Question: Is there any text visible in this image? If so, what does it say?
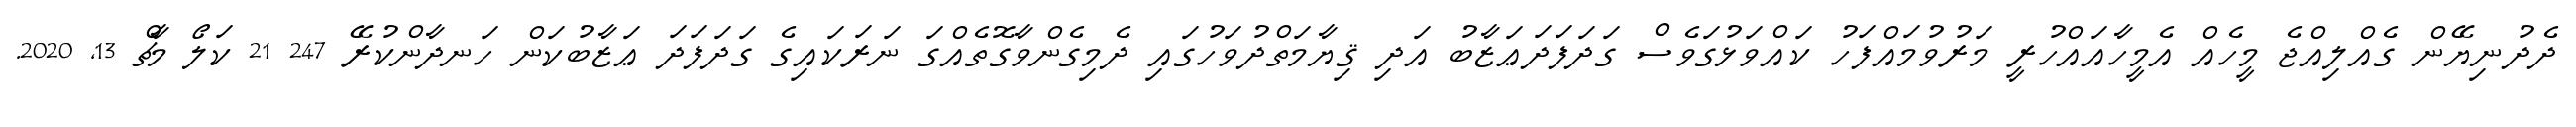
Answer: ދެދުނިޔޭން ގެއްލިއްޖެ މީހެއް އެމީހާއައްހުރީ މަރުވުމައްފަހު ކައްވަޅުގަވެސް ގަދަފަދަޢަޒާބު އަދި ޤިޔާމަތްދުވަހުގައި ދެމިގެންވާގޮތެއްގަ ނަރަކައިގެ ގަދަފަދަ ޢަޒާބުކަން ހަނދާންކުރޭ 247 21 ކަލޯ މާޗް 13, 2020.